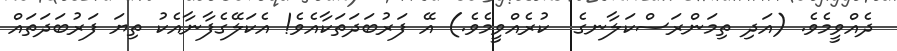
ދެއްވީމެވެ. (އަދި ތިމަންރަސްކަލާނގެ  ކުރެއްވީމެވެ.) އޭ ފަރުބަދަތަކާއެވެ! އެކަލޭގެފާނާއެކު ތިޔަ ފަރުބަދަތައް